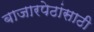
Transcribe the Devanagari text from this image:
बाजारपेठांसाठी